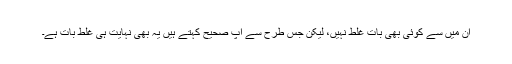
ان میں سے کوئی بھی بات غلط نہیں، لیکن جس طرح سے آپ صحیح کہتے ہیں یہ بھی نہایت ہی غلط بات ہے۔